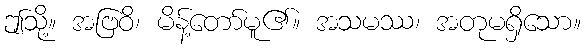
ဤသို့။ အဗြဝိ၊ မိန့်တော်မူ၏။ အသမဿ၊ အတုမရှိသော။